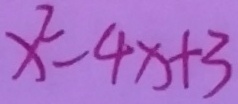
x ^ { 2 } - 4 x + 3